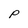
Character: P